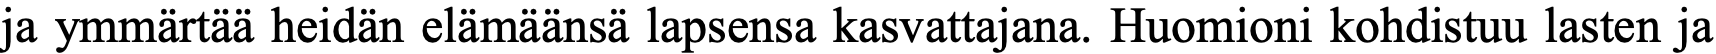
ja ymmärtää heidän elämäänsä lapsensa kasvattajana. Huomioni kohdistuu lasten ja